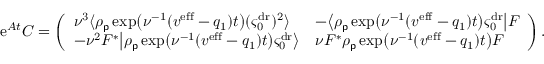
\mathrm { e } ^ { A t } C = \left( \begin{array} { l l } { \nu ^ { 3 } \langle \rho _ { \mathsf { p } } \exp \! \big ( \nu ^ { - 1 } ( v ^ { \mathrm { e f f } } - q _ { 1 } ) t \big ) ( \varsigma _ { 0 } ^ { \mathrm { d r } } ) ^ { 2 } \rangle } & { - \big \langle \rho _ { \mathsf { p } } \exp \! \big ( \nu ^ { - 1 } ( v ^ { \mathrm { e f f } } - q _ { 1 } ) t \big ) \varsigma _ { 0 } ^ { \mathrm { d r } } \big | F } \\ { - \nu ^ { 2 } F ^ { * } \big | \rho _ { \mathsf { p } } \exp \! \big ( \nu ^ { - 1 } ( v ^ { \mathrm { e f f } } - q _ { 1 } ) t \big ) \varsigma _ { 0 } ^ { \mathrm { d r } } \big \rangle } & { \nu F ^ { * } \rho _ { \mathsf { p } } \exp \! \big ( \nu ^ { - 1 } ( v ^ { \mathrm { e f f } } - q _ { 1 } ) t \big ) F } \end{array} \right) .